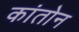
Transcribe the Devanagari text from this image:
कांतोन